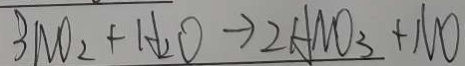
3 N O _ { 2 } + H _ { 2 } O \rightarrow 2 A N O _ { 3 } + N O